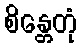
စိန္တေတုံ